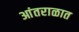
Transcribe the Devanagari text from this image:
आंतराळात